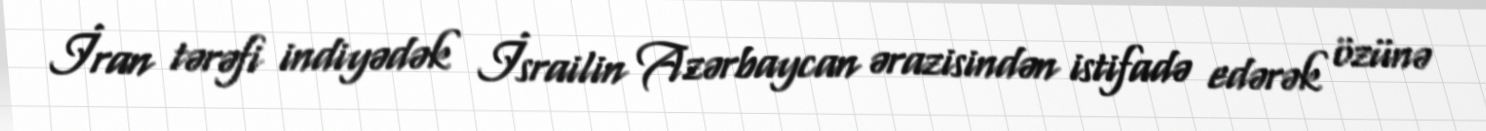
İran tərəfi indiyədək İsrailin Azərbaycan ərazisindən istifadə edərək özünə